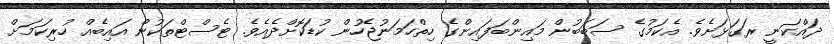
ދައްކަނީ ރަގަޅަށެވެ. އެކަމުގެ ސަބަބުން މައިންބަފައިންގެ ހިތްހަމަނުޖެހުން ކުޑަކޮށްދެއެވެ. ޓެސްޓްތަކުން އައިބެއް ހުރިކަމަށް